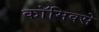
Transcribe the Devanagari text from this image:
काॅमिक्से